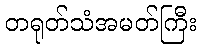
တရုတ်သံအမတ်ကြီး